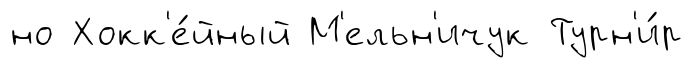
но Хокк'е́йный М'ельн'ичук Турн'и́р